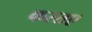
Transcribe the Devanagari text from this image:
करतए